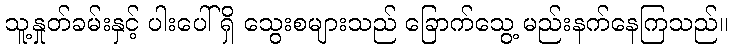
သူ့နှုတ်ခမ်းနှင့် ပါးပေါ်ရှိ သွေးစများသည် ခြောက်သွေ့ မည်းနက်နေကြသည်။